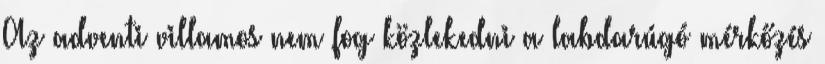
Az adventi villamos nem fog közlekedni a labdarúgó mérkőzés